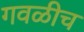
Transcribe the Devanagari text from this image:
गवळीच